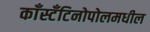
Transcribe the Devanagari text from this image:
काँस्टँटिनोपोलमधील